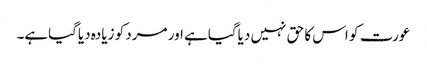
عورت کو اس کا حق نہیں دیاگیاہے اور مرد کو زیادہ دیاگیاہے۔